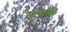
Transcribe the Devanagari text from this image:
घनतर